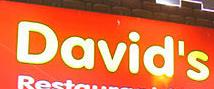
david's